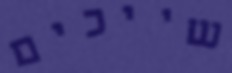
שייכים